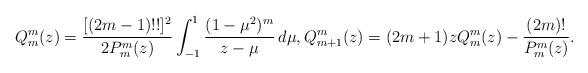
\begin{align*}Q_m^m(z)=\frac{[(2m-1)!!]^2}{2P_m^m(z)}\int_{-1}^1\frac{(1-\mu^2)^m}{z-\mu}\,d\mu,Q_{m+1}^m(z)=(2m+1)zQ_m^m(z)-\frac{(2m)!}{P_m^m(z)}.\end{align*}